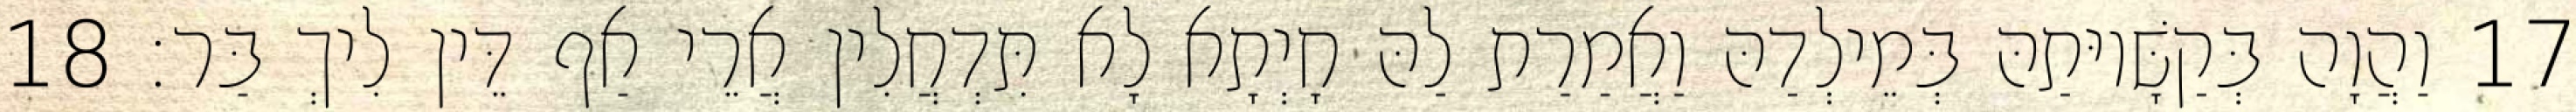
17 וַהֲוָה בְּקַשָּׁיוּתַהּ בְּמֵילְדַהּ וַאֲמַרַת לַהּ חָיְתָא לָא תִּדְחֲלִין אֲרֵי אַף דֵּין לִיךְ בַּר׃ 18